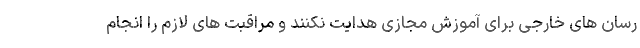
رسان های خارجی برای آموزش مجازی هدایت نکنند و مراقبت های لازم را انجام